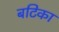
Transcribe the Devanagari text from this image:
बटिका